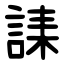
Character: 䛶